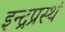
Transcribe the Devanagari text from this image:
इन्द्रप्रस्थं